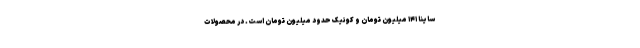
ساینا ۱۴۱ میلیون تومان و کوئیک حدود میلیون تومان است. در محصولات